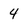
Character: 4